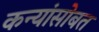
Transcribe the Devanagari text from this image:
कन्यांसोबत